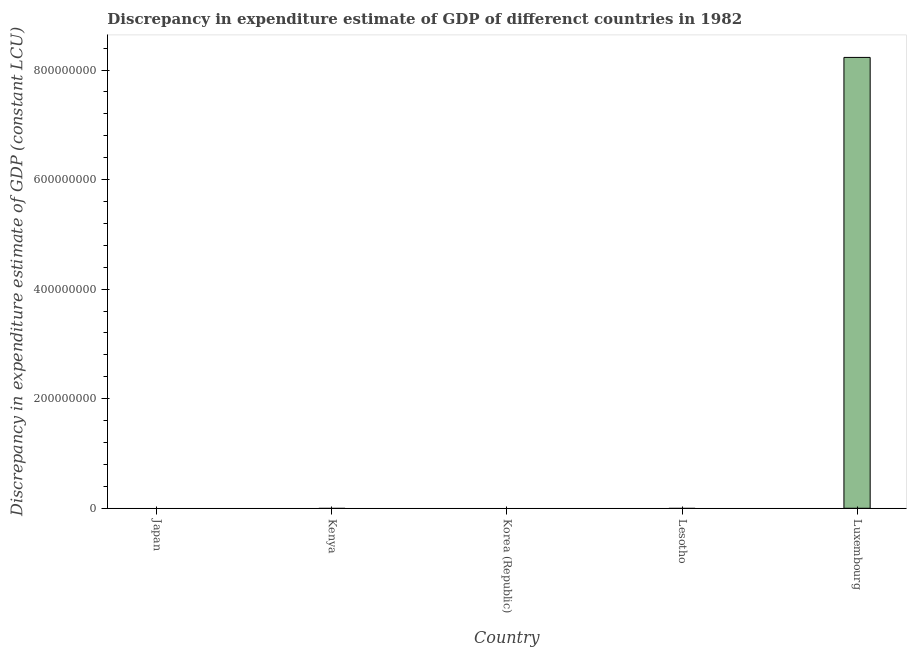
| Country | Discrepancy constant LCU |
 | --- | --- |
 | Japan | -8.45e+12 |
 | Kenya | -3.44e+09 |
 | Korea (Republic) | -1.81e+13 |
 | Lesotho | -6.77e+06 |
 | Luxembourg | 8.23e+08 |